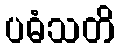
ပဓံသတိ